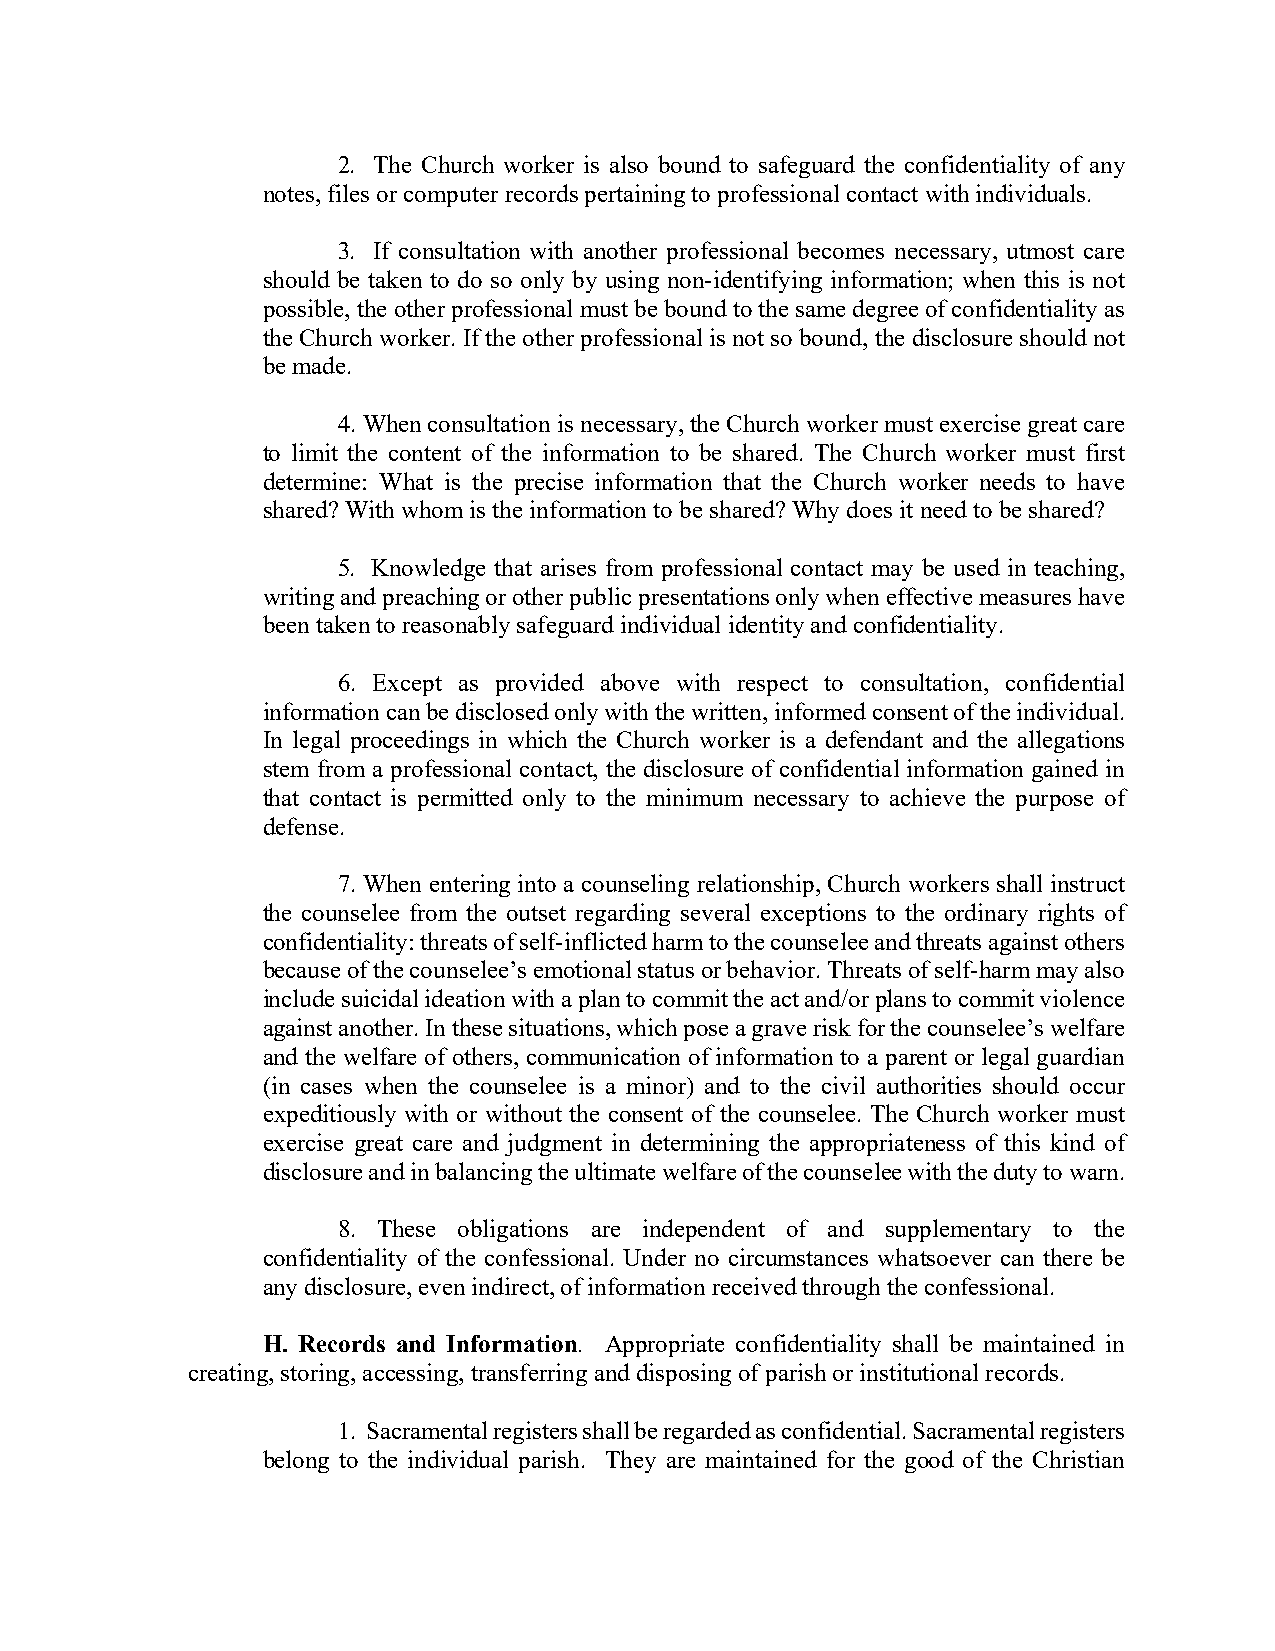
2. The Church worker is also bound to safeguard the confidentiality of any
 notes, files or computer records pertaining to professional contact with individuals.
 3. If consultation with another professional becomes necessary, utmost care
 should be taken to do so only by using non-identifying information; when this is not
 possible, the other professional must be bound to the same degree of confidentiality as
 the Church worker. If the other professional is not so bound, the disclosure should not
 be made.
 4. When consultation is necessary, the Church worker must exercise great care
 to limit the content of the information to be shared. The Church worker must first
 determine: What is the precise information that the Church worker needs to have
 shared? With whom is the information to be shared? Why does it need to be shared?
 5. Knowledge that arises from professional contact may be used in teaching,
 writing and preaching or other public presentations only when effective measures have
 been taken to reasonably safeguard individual identity and confidentiality.
 6. Except as provided above with respect to consultation, confidential
 information can be disclosed only with the written, informed consent of the individual.
 In legal proceedings in which the Church worker is a defendant and the allegations
 stem from a professional contact, the disclosure of confidential information gained in
 that contact is permitted only to the minimum necessary to achieve the purpose of
 defense.
 7. When entering into a counseling relationship, Church workers shall instruct
 the counselee from the outset regarding several exceptions to the ordinary rights of
 confidentiality: threats of self-inflicted harm to the counselee and threats against others
 because of the counselee’s emotional status or behavior. Threats of self-harm may also
 include suicidal ideation with a plan to commit the act and/or plans to commit violence
 against another. In these situations, which pose a grave risk for the counselee’s welfare
 and the welfare of others, communication of information to a parent or legal guardian
 (in cases when the counselee is a minor) and to the civil authorities should occur
 expeditiously with or without the consent of the counselee. The Church worker must
 exercise great care and judgment in determining the appropriateness of this kind of
 disclosure and in balancing the ultimate welfare of the counselee with the duty to warn.
 8. These obligations are independent of and supplementary to the
 confidentiality of the confessional. Under no circumstances whatsoever can there be
 any disclosure, even indirect, of information received through the confessional.
 H. Records and Information. Appropriate confidentiality shall be maintained in
 creating, storing, accessing, transferring and disposing of parish or institutional records.
 1. Sacramental registers shall be regarded as confidential. Sacramental registers
 belong to the individual parish. They are maintained for the good of the Christian